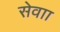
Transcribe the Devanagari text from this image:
सेवाा